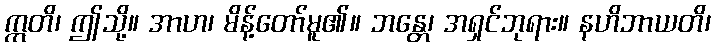
ဣတိ၊ ဤသို့။ အာဟ၊ မိန့်တော်မူ၏။ ဘန္တေ၊ အရှင်ဘုရား။ နဟိဘာယတိ၊